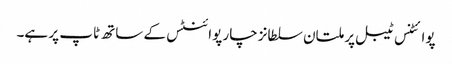
پوائٹنس ٹیبل پر ملتان سلطانز چار پوائنٹس کے ساتھ ٹاپ پر ہے۔